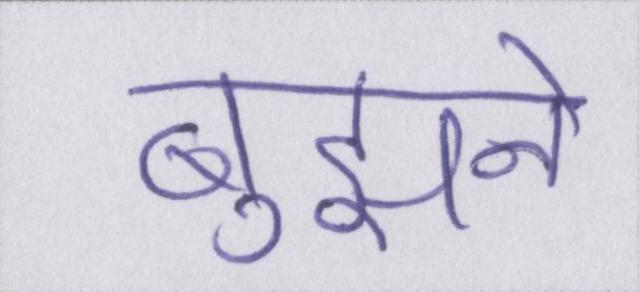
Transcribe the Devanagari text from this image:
बुझने